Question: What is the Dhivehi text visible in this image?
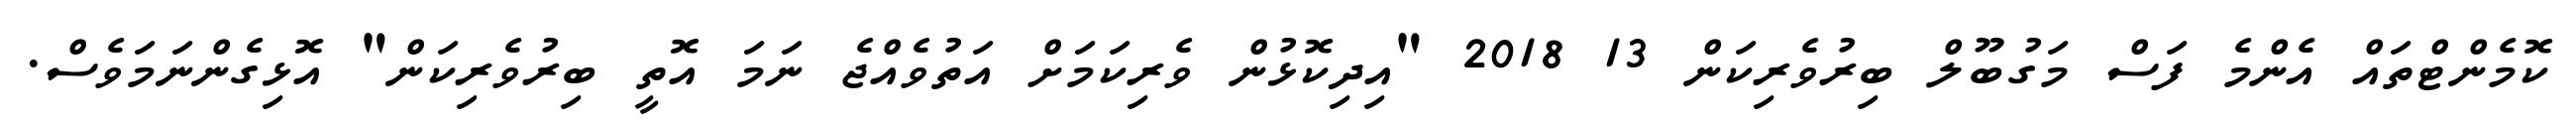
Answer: ކޮމެންޓްތައް އެންމެ ފަސް މަގުބޫލް ބިރުވެރިކަން 13 2018 "އިދިކޮޅުން ވެރިކަމަށް އަތުވެއްޖެ ނަމަ އޮތީ ބިރުވެރިކަން" އޮޅިގެންނަމަވެސް.